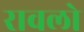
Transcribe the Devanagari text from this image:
रावलो